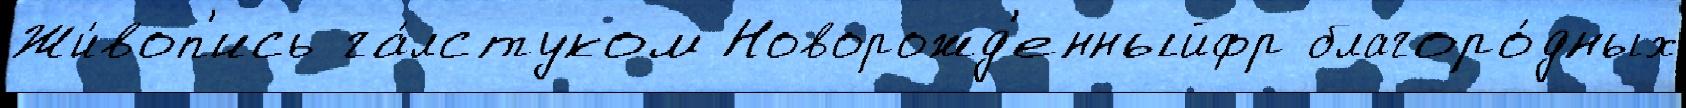
Жи́воп'ись га́лстуком Новорожд'енныйфр благоро́дных